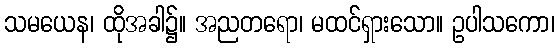
သမယေန၊ ထိုအခါ၌။ အညတရော၊ မထင်ရှားသော။ ဥပါသကော၊